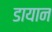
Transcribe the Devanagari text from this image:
डायान